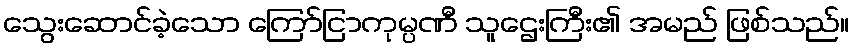
သွေးဆောင်ခဲ့သော ကြော်ငြာကုမ္ပဏီ သူဌေးကြီး၏ အမည် ဖြစ်သည်။